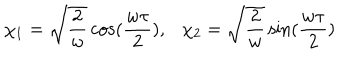
\chi _ { 1 } = \sqrt { \frac { 2 } { w } } \cos ( \frac { w \tau } { 2 } ) , { } \chi _ { 2 } = \sqrt { \frac { 2 } { w } } \sin ( \frac { w \tau } { 2 } )